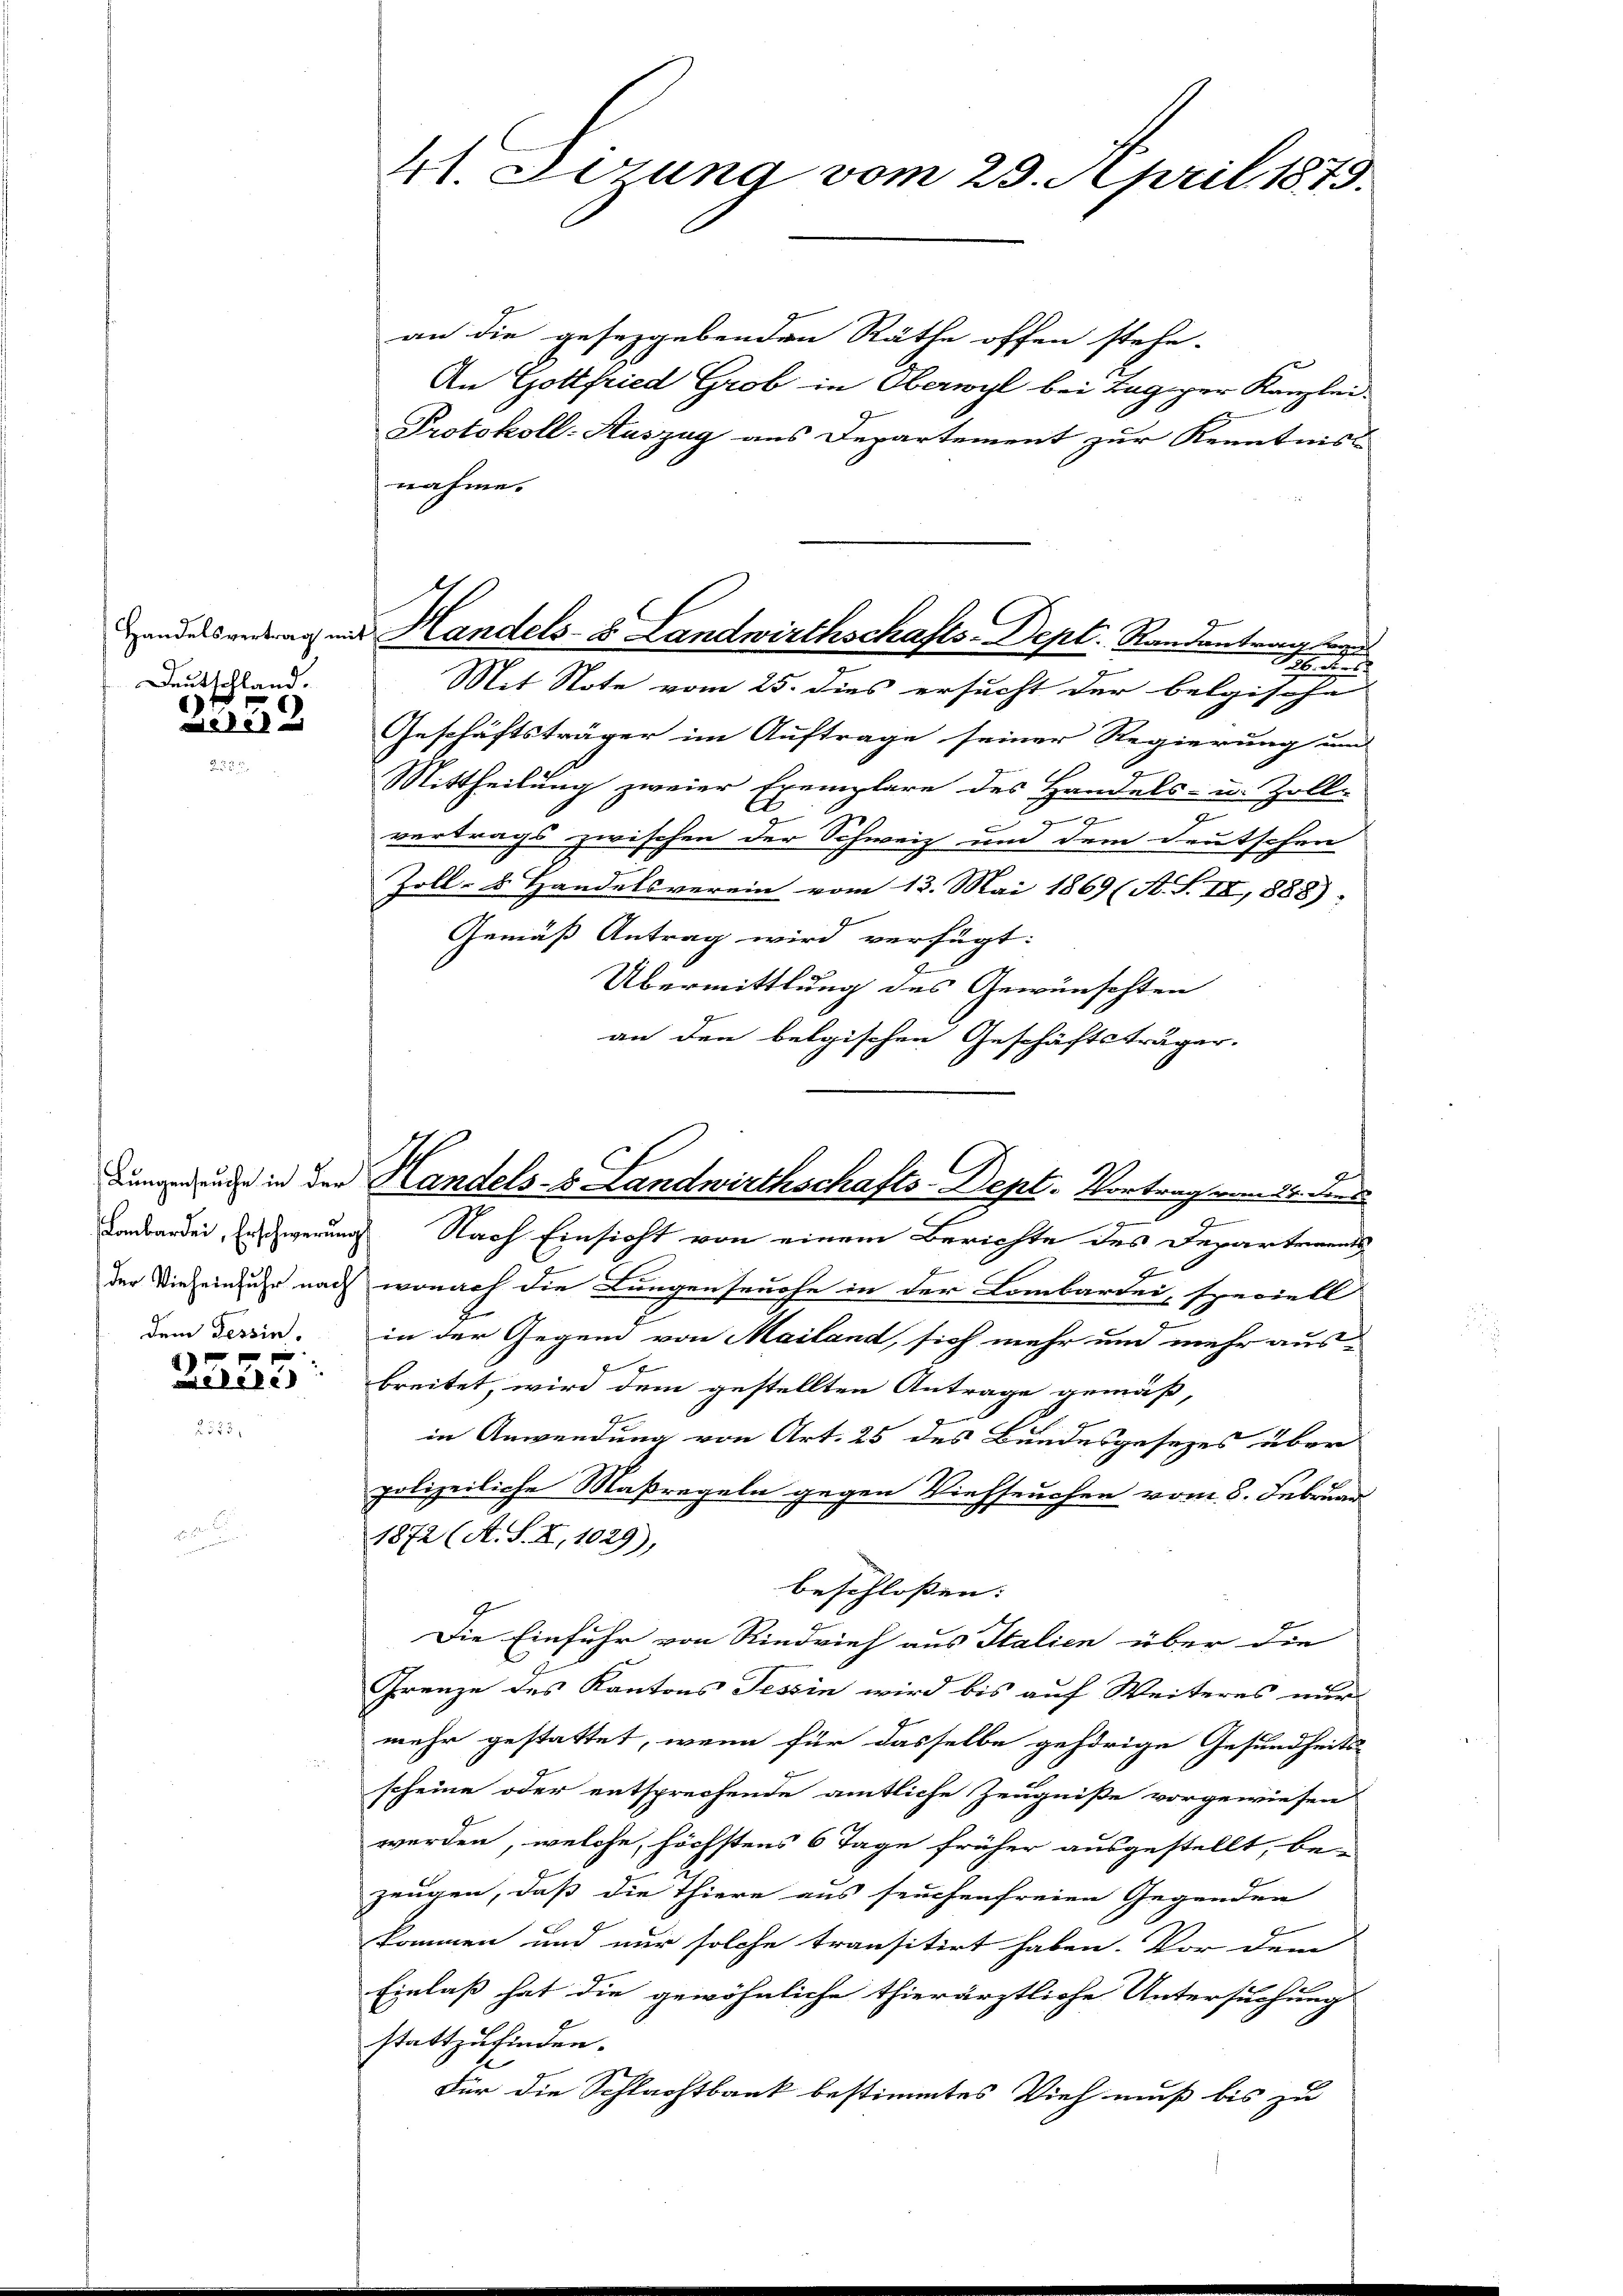
Handelsvertrag mit
Deutschland.

232

dem Tessin.

2225:

41. Fizung vom 23. April 1879.

an die geseggebenden Räthe offen stehe.
An Gottfried Grob in Oberwyl bei Tag zur Kanzlei-
Protokoll-Auszug aus Departement zur Kenntniss
nahme.
Theater
Mit Note vom 25. dies ersucht der belgische
Geschäftsträger im Auftrage seiner Regierung und
Mittheilung zweier Exemplare des Handels- u. Zolle
2
o
.
vertrags zwischen der Schweiz und dem deutschen
Zoll- u. Handelsverein vom 13. Mai 1869 (A. S. II, 1888)
Gemäß Antrag wird verfügt:
Übermittlung des Gewünschten
an den belgischen Geschäftsträger.

Handels- & Landwirthschafts-Dept. Randantrang de

.
Landbarden Erwegung Nach Einsicht von einem Berichte des Departements
F
der Diesein uhr nach wonach die Lungenseuche in der Lombartei, speciell
in der Gegend von Mailand, sich mehr und mehr aus-
breitet, wird dem gestellten Antrage gemäß,
in Anwendung von Art. 25 des Bundesgesezes über
polizeiliche Maßregeln gegen Viehseuchen vom 8. Februar
1872 (A. S. II, 1029),
beschlossen: |
Die Einfuhr von Rindvieh aus Italien über die
Grenze des Kantons Tessin wird bis auf Weiteres nur
mehr gestattet, wenn für dasselbe gehörige Gesundheits-
scheine oder entsprechende amtliche Zeugniße vorgewiesen
werden, welche, höchstens 6 Tage früher ausgestellt, be-
zeugen, daß die Thiere aus seuchenfreien Gegenden
kommen und nur solche transitirt haben. Vor dem
Einlaß hat die gewöhnliche thierärztliche Untersuchung
stattzufinden.
Für die Schlachtbank bestimmtes Vieh muß bis zu

dung und in der Handels- & Landwirthschafts-Dept. Vortrag vom 29. Den